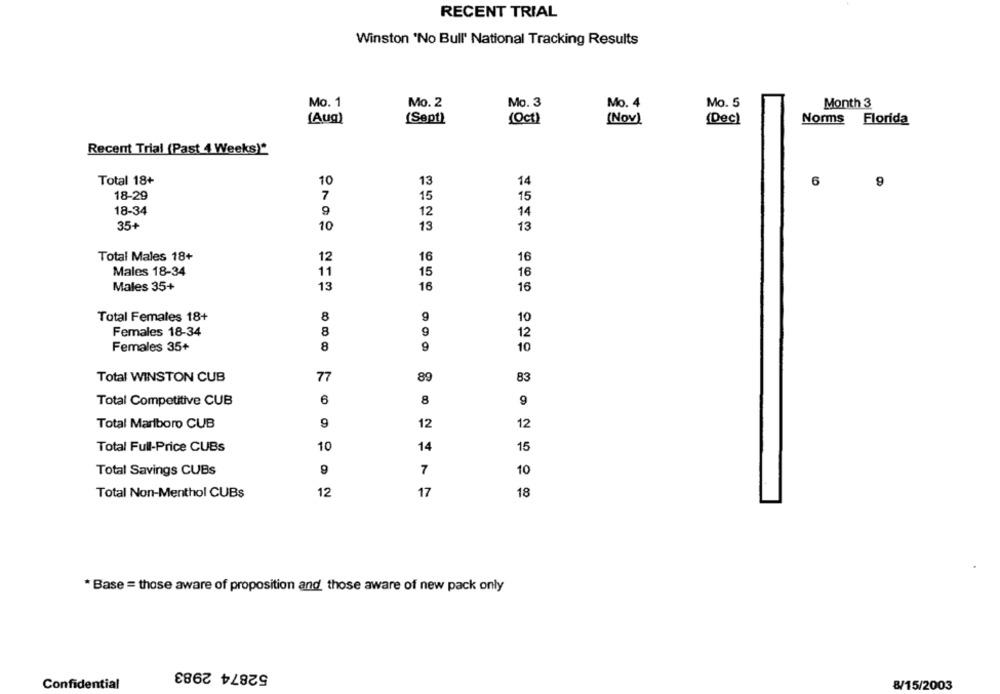
RECENT TRIAL
Winston 'No Bull' National Tracking Results
Mo. 1
Mo. 2
Mo. 3
Mo. 4
Mo. 5
Month 3
[Aug)
(Sept)
(Oct)
(Nov)
(Dec)
Norms Florida
Recent Trial (Past 4 Weeks)*
Total 18+
14
10
13
6
9
18-29
7
15
15
18-34
9
12
14
35+
10
13
13
Total Males 18+
12
16
16
11
Males 18-34
15
16
13
Males 35+
16
16
Total Females 18+
8
9
10
Females 18-34
8
9
12
8
9
10
Females 35+
Total WINSTON CUB
77
89
83
Total Competitive CUB
6
8
9
9
12
12
Total Marlboro CUB
Total Full-Price CUBs
10
14
15
Total Savings CUBs
7
10
12
17
18
Total Non-Menthol CUBs
* Base = those aware of proposition and those aware of new pack only
52874 2983
Confidential
8/15/2003